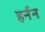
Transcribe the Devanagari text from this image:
हर्नन